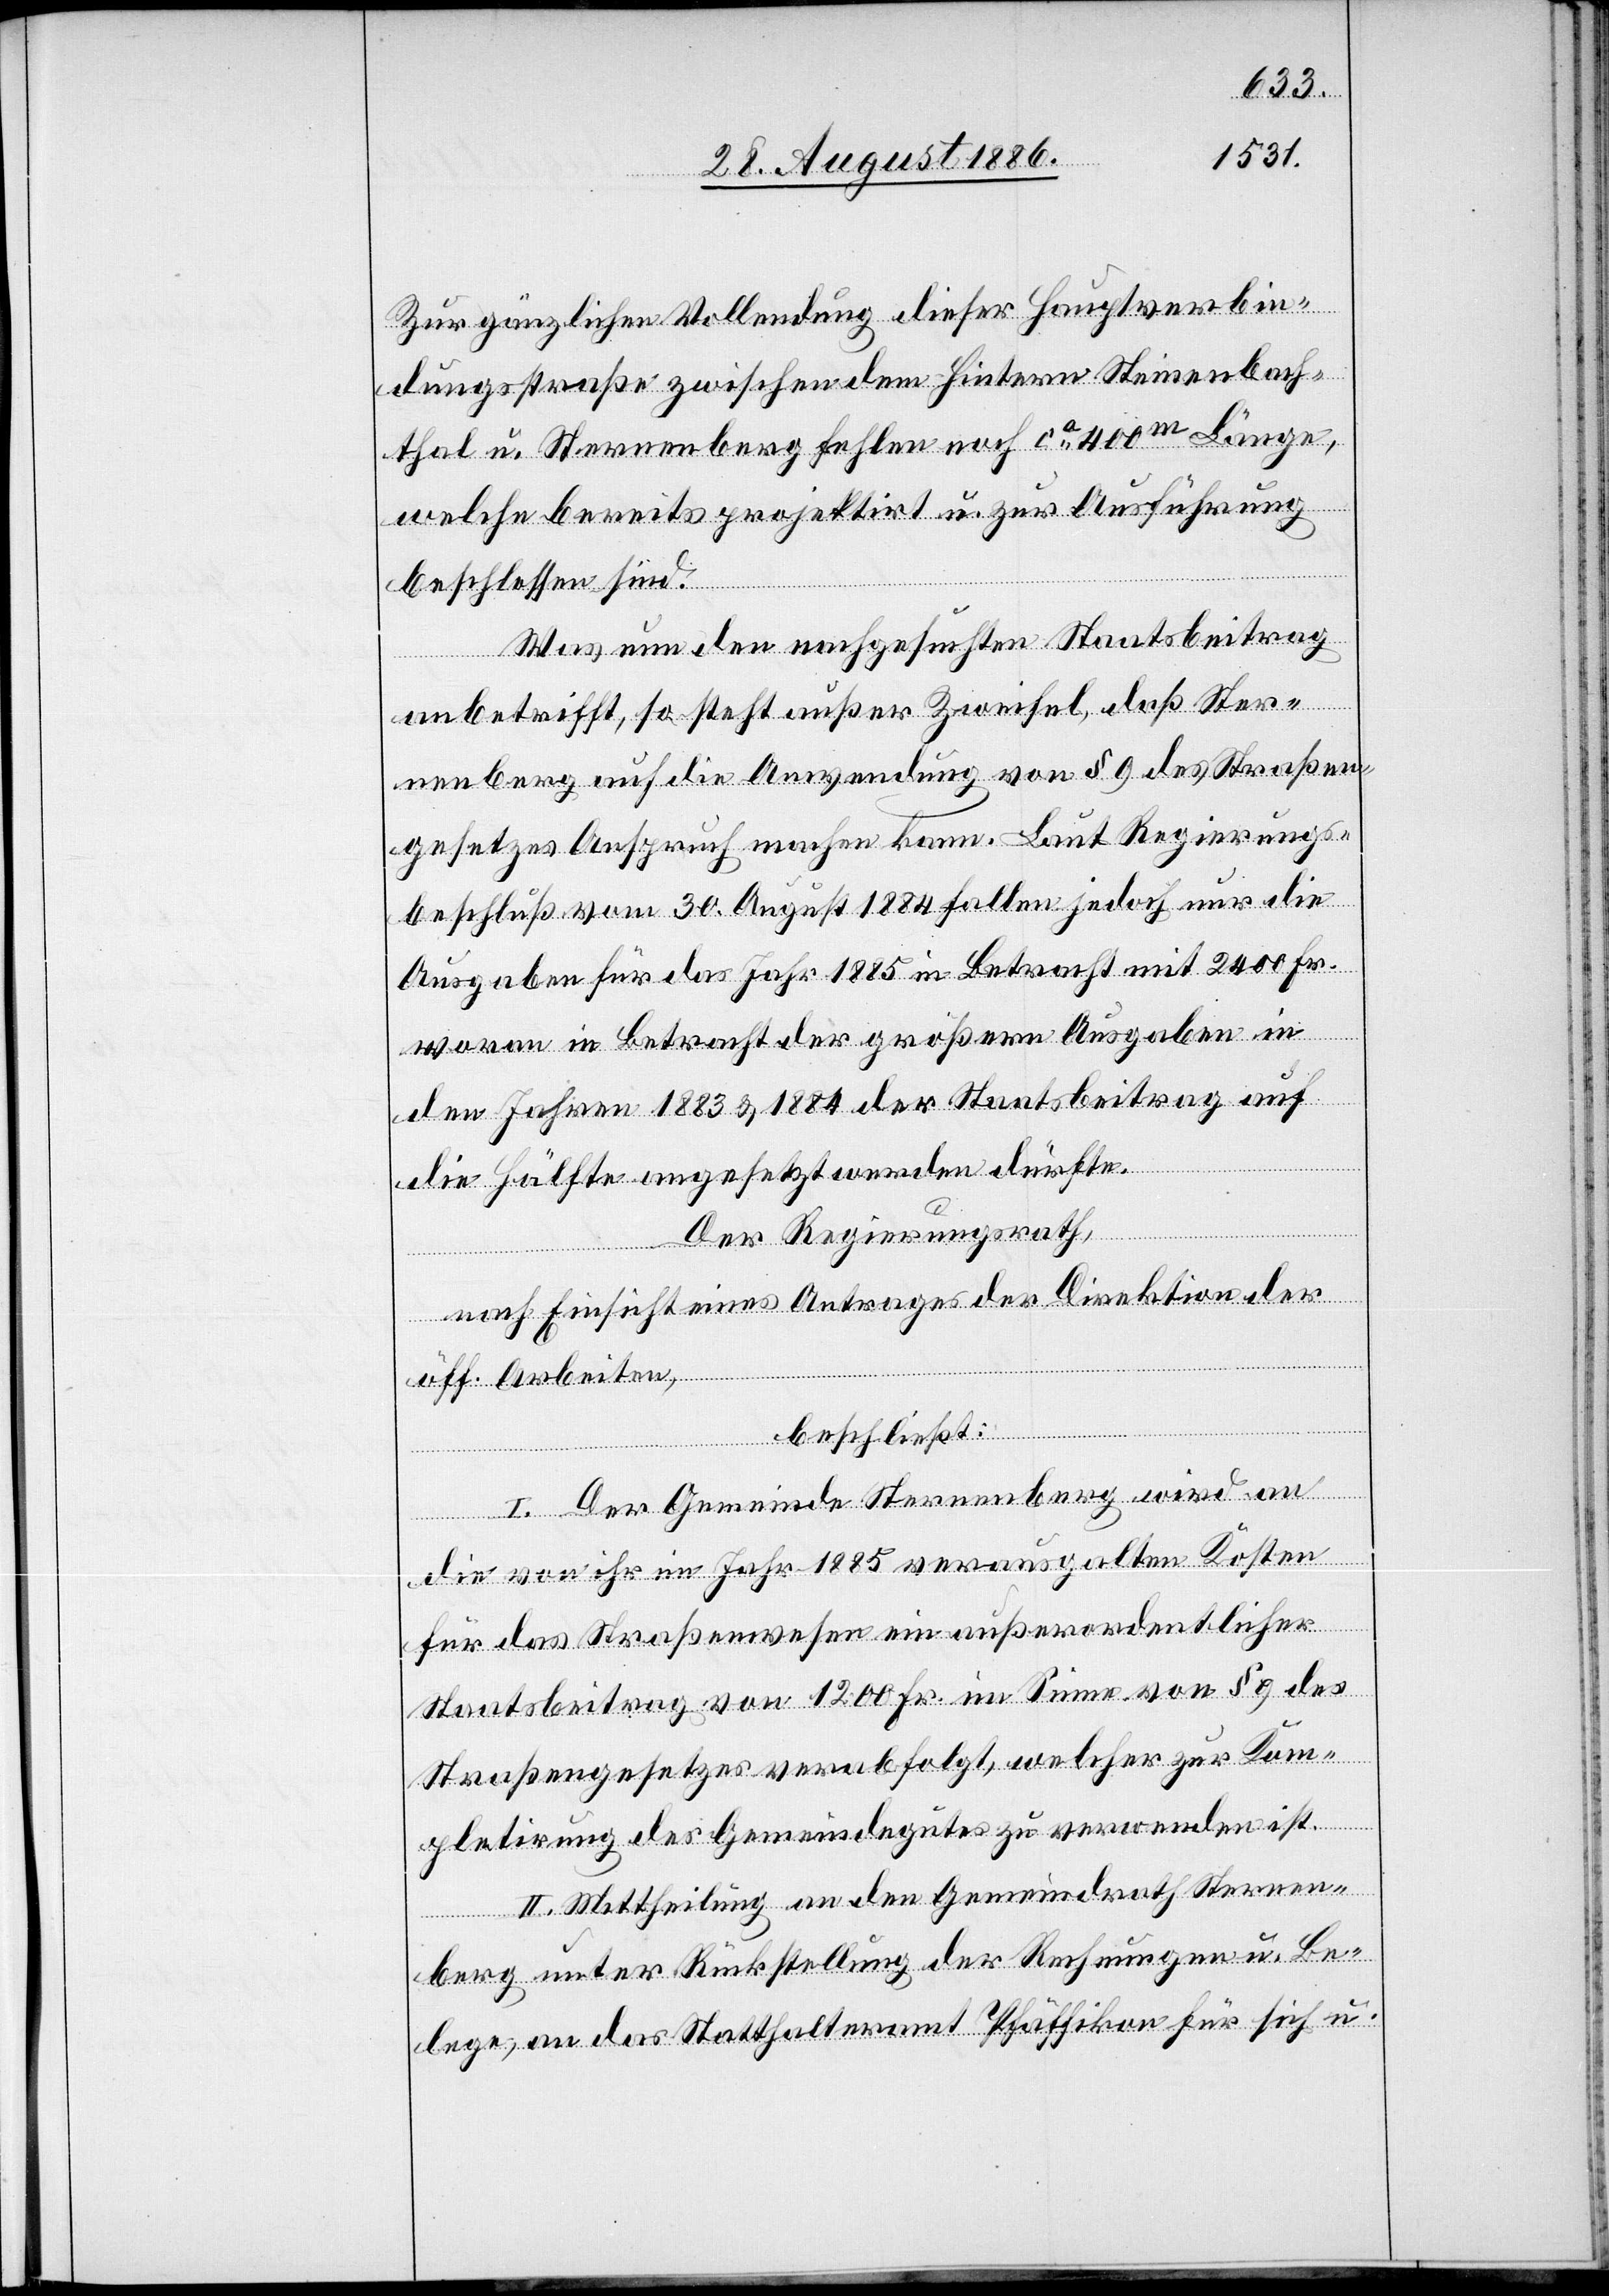
Zur gänzlichen Vollendung dieser Hauptverbin¬
dungsstraße zwischen dem hintern Steinenbach¬
thal u. Sternenberg fehlen noch ca 400m Länge,
welche bereits projektirt u. zur Ausführung
beschlossen sind.
Was nun den nachgesuchten Staatsbeitrag
anbetrifft, so steht außer Zweifel, daß Ster¬
nenberg auf die Anwendung von § 9 des Straßen¬
gesetzes Anspruch machen kann. Laut Regierungs¬
beschluß vom 30. August 1884 fallen jedoch nur die
Ausgaben für das Jahr 1885 in Betracht mit 2400 Fr.
woran in Betracht der größern Ausgaben in
den Jahren 1883 & 1884 der Staatsbeitrag auf
die Hälfte angesetzt werden dürfte.
Der Regierungsrath,
nach Einsicht eines Antrages der Direktion der
öff. Arbeiten,
beschließt:
I. Der Gemeinde Sternenberg wird an
die von ihr im Jahr 1885 verausgalten [sic!] Kosten
für das Straßenwesen ein außerordentlicher
Staatsbeitrag von 1200 Fr. im Sinne von § 9 des
Straßengesetzes verabfolgt, welcher zur Kom¬
pletirung des Gemeindegutes zu verwenden ist.
II. Mittheilung an den Gemeindrath Sternen¬
berg unter Rückstellung der Rechnungen u. Be¬
lege, an das Statthalteramt Pfäffikon für sich u.